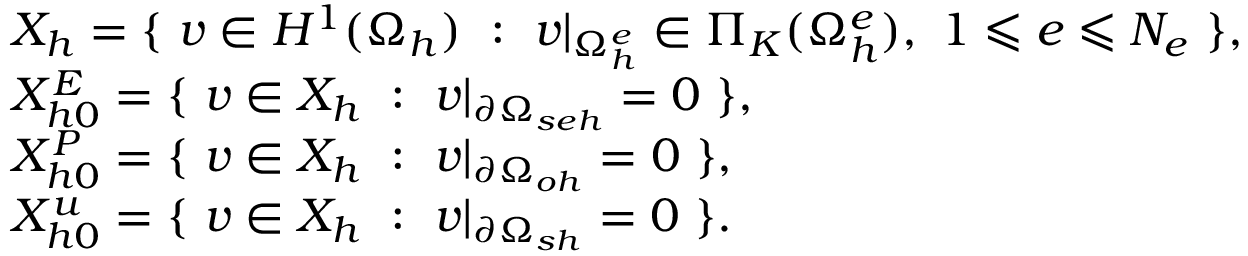
\begin{array} { r l } & { X _ { h } = \{ \ v \in H ^ { 1 } ( \Omega _ { h } ) \ : \ v | _ { \Omega _ { h } ^ { e } } \in \Pi _ { K } ( \Omega _ { h } ^ { e } ) , \ 1 \leqslant e \leqslant N _ { e } \ \} , } \\ & { X _ { h 0 } ^ { E } = \{ \ v \in X _ { h } \ : \ v | _ { \partial \Omega _ { s e h } } = 0 \ \} , } \\ & { X _ { h 0 } ^ { P } = \{ \ v \in X _ { h } \ : \ v | _ { \partial \Omega _ { o h } } = 0 \ \} , } \\ & { X _ { h 0 } ^ { u } = \{ \ v \in X _ { h } \ : \ v | _ { \partial \Omega _ { s h } } = 0 \ \} . } \end{array}